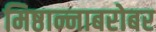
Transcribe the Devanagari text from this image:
मिष्ठान्नाबरोबर